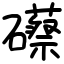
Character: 礤